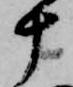
十